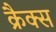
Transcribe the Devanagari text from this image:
क्रैक्स